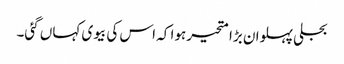
بجلی پہلوان بڑا متحیر ہوا کہ اس کی بیوی کہاں گئی۔